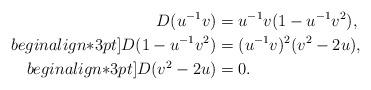
LaTeX: \begin{align*}D(u^{-1}v)&=u^{-1}v(1-u^{-1}v^2),\\begin{align*}3pt]D(1-u^{-1}v^2)&=(u^{-1}v)^2(v^2-2u),\\begin{align*}3pt]D(v^2-2u)&=0.\end{align*}